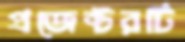
প্রজেক্টরটি